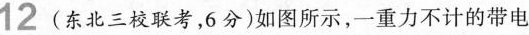
12(东北三校联考，6分)如图所示，一重力不计的带电